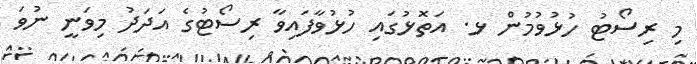
މި ރިސޯޓު ހުޅުވުމުން ޅ. އަތޮޅުގައި ހުޅުވާފައިވާ ރިސޯޓުގެ އަދަދު މިވަނީ ނުވަ